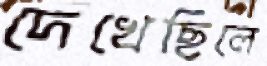
দেখেছিলে